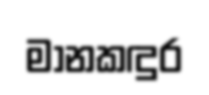
මානකඳුර